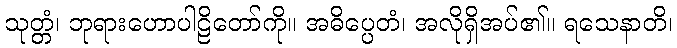
သုတ္တံ၊ ဘုရားဟောပါဠိတော်ကို။ အဓိပ္ပေတံ၊ အလိုရှိအပ်၏။ ရသေနာတိ၊